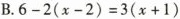
B.$$6-2(x-2)=3(x+1)$$